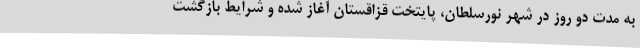
به مدت دو روز در شهر نورسلطان، پایتخت قزاقستان آغاز شده و شرایط بازگشت